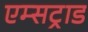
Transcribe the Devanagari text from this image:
एम्सट्राड